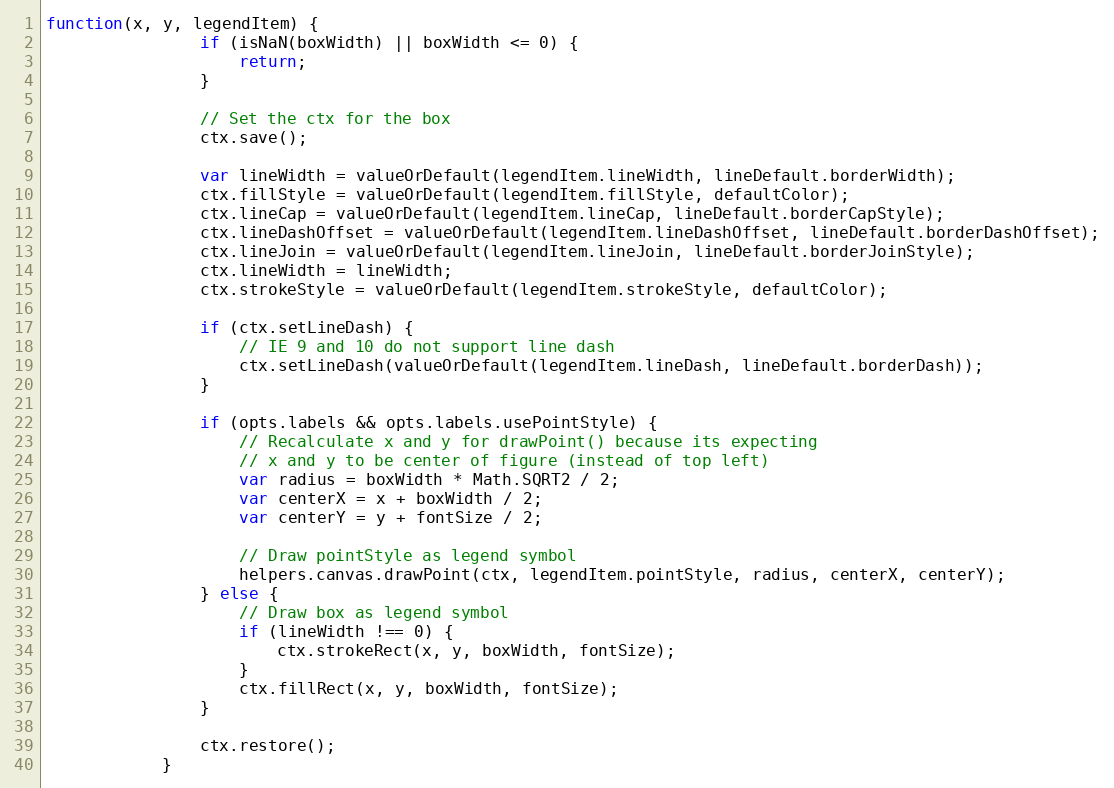
Language: JavaScript
function(x, y, legendItem) {
				if (isNaN(boxWidth) || boxWidth <= 0) {
					return;
				}

				// Set the ctx for the box
				ctx.save();

				var lineWidth = valueOrDefault(legendItem.lineWidth, lineDefault.borderWidth);
				ctx.fillStyle = valueOrDefault(legendItem.fillStyle, defaultColor);
				ctx.lineCap = valueOrDefault(legendItem.lineCap, lineDefault.borderCapStyle);
				ctx.lineDashOffset = valueOrDefault(legendItem.lineDashOffset, lineDefault.borderDashOffset);
				ctx.lineJoin = valueOrDefault(legendItem.lineJoin, lineDefault.borderJoinStyle);
				ctx.lineWidth = lineWidth;
				ctx.strokeStyle = valueOrDefault(legendItem.strokeStyle, defaultColor);

				if (ctx.setLineDash) {
					// IE 9 and 10 do not support line dash
					ctx.setLineDash(valueOrDefault(legendItem.lineDash, lineDefault.borderDash));
				}

				if (opts.labels && opts.labels.usePointStyle) {
					// Recalculate x and y for drawPoint() because its expecting
					// x and y to be center of figure (instead of top left)
					var radius = boxWidth * Math.SQRT2 / 2;
					var centerX = x + boxWidth / 2;
					var centerY = y + fontSize / 2;

					// Draw pointStyle as legend symbol
					helpers.canvas.drawPoint(ctx, legendItem.pointStyle, radius, centerX, centerY);
				} else {
					// Draw box as legend symbol
					if (lineWidth !== 0) {
						ctx.strokeRect(x, y, boxWidth, fontSize);
					}
					ctx.fillRect(x, y, boxWidth, fontSize);
				}

				ctx.restore();
			}